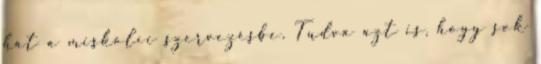
hát a miskolci szervezésbe. Tudva azt is, hogy sok